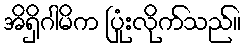
အိရှိဂါမိက ပြုံးလိုက်သည်။